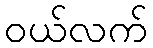
ဝယ်လက်